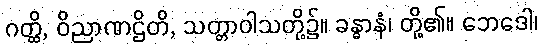
ဂတ္ထိ, ဝိညာဏဌိတိ, သတ္တာဝါသတို့၌။ ခန္ဓာနံ၊ တို့၏။ ဘေဒေါ၊